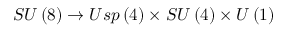
S U \left( 8 \right) \rightarrow U s p \left( 4 \right) \times S U \left( 4 \right) \times U \left( 1 \right)